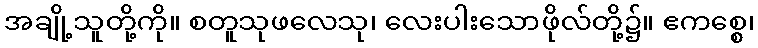
အချို့သူတို့ကို။ စတူသုဖလေသု၊ လေးပါးသောဖိုလ်တို့၌။ ဧကစ္စေ၊